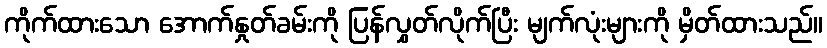
ကိုက်ထားသော အောက်နှုတ်ခမ်းကို ပြန်လွှတ်လိုက်ပြီး မျက်လုံးများကို မှိတ်ထားသည်။